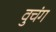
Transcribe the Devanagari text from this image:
वुचंग